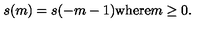
s ( m ) = s ( - m - 1 ) \mathrm { w h e r e } m \geq 0 .